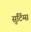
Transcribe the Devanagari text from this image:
सुटिंग्स